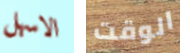
الاسهل الوقت